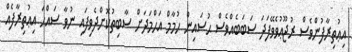
އިޢުތިރާފުންވެސް ރުޖޫޢުވެވޭފަދަ ސަބަބެއްވެސް ޙުސައިން ހުމާމް އަޙްމަދަށް ސާބިތުކޮށްދެވިފައި ނުވާ ޞައްޙަ އިޢުތިރާފެއް